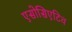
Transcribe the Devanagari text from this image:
एसोसिएटिव